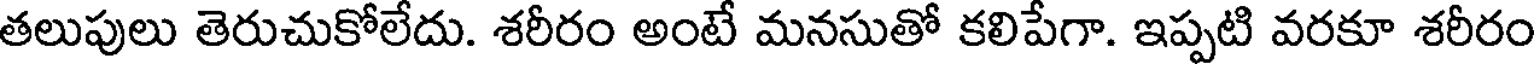
తలుపులు తెరుచుకోలేదు. శరీరం అంటే మనసుతో కలిపేగా. ఇప్పటి వరకూ శరీరం